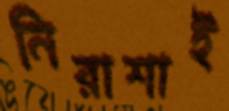
নিরাশাই